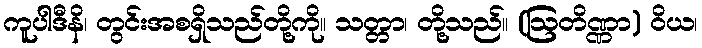
ကူပါဒီနိ၊ တွင်းအစရှိသည်တို့ကို။ သတ္တာ၊ တို့သည်။ (ဩတိဏ္ဏာ) ဝိယ၊